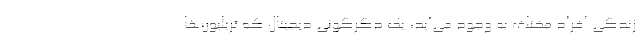
زندگی افراد مختلف به وجود می‌آید، یک دگرگونی دیجیتال که تریلیون‌ها